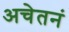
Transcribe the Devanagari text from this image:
अचेतनं